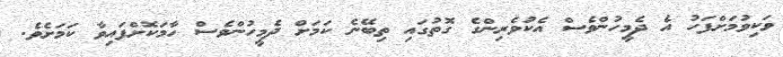
ވަކިވުމަށްފަހު އެ ދެމީހުންވެސް އެކުވެރިންގެ ގޮތުގައި ތިބޭނެ ކަމަށް ދެމީހުންވެސް ހާމަކޮށްފައިވާ ކަމަށެވެ.